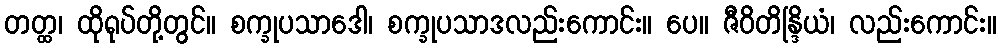
တတ္ထ၊ ထိုရုပ်တို့တွင်။ စက္ခုပသာဒေါ၊ စက္ခုပသာဒလည်းကောင်း။ ပေ။ ဇီဝိတိန္ဒြိယံ၊ လည်းကောင်း။